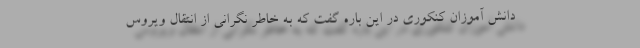
دانش آموزان کنکوری در این باره گفت که به خاطر نگرانی از انتقال ویروس